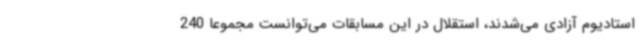
استادیوم آزادی می‌شدند، استقلال در این مسابقات می‌توانست مجموعا 240